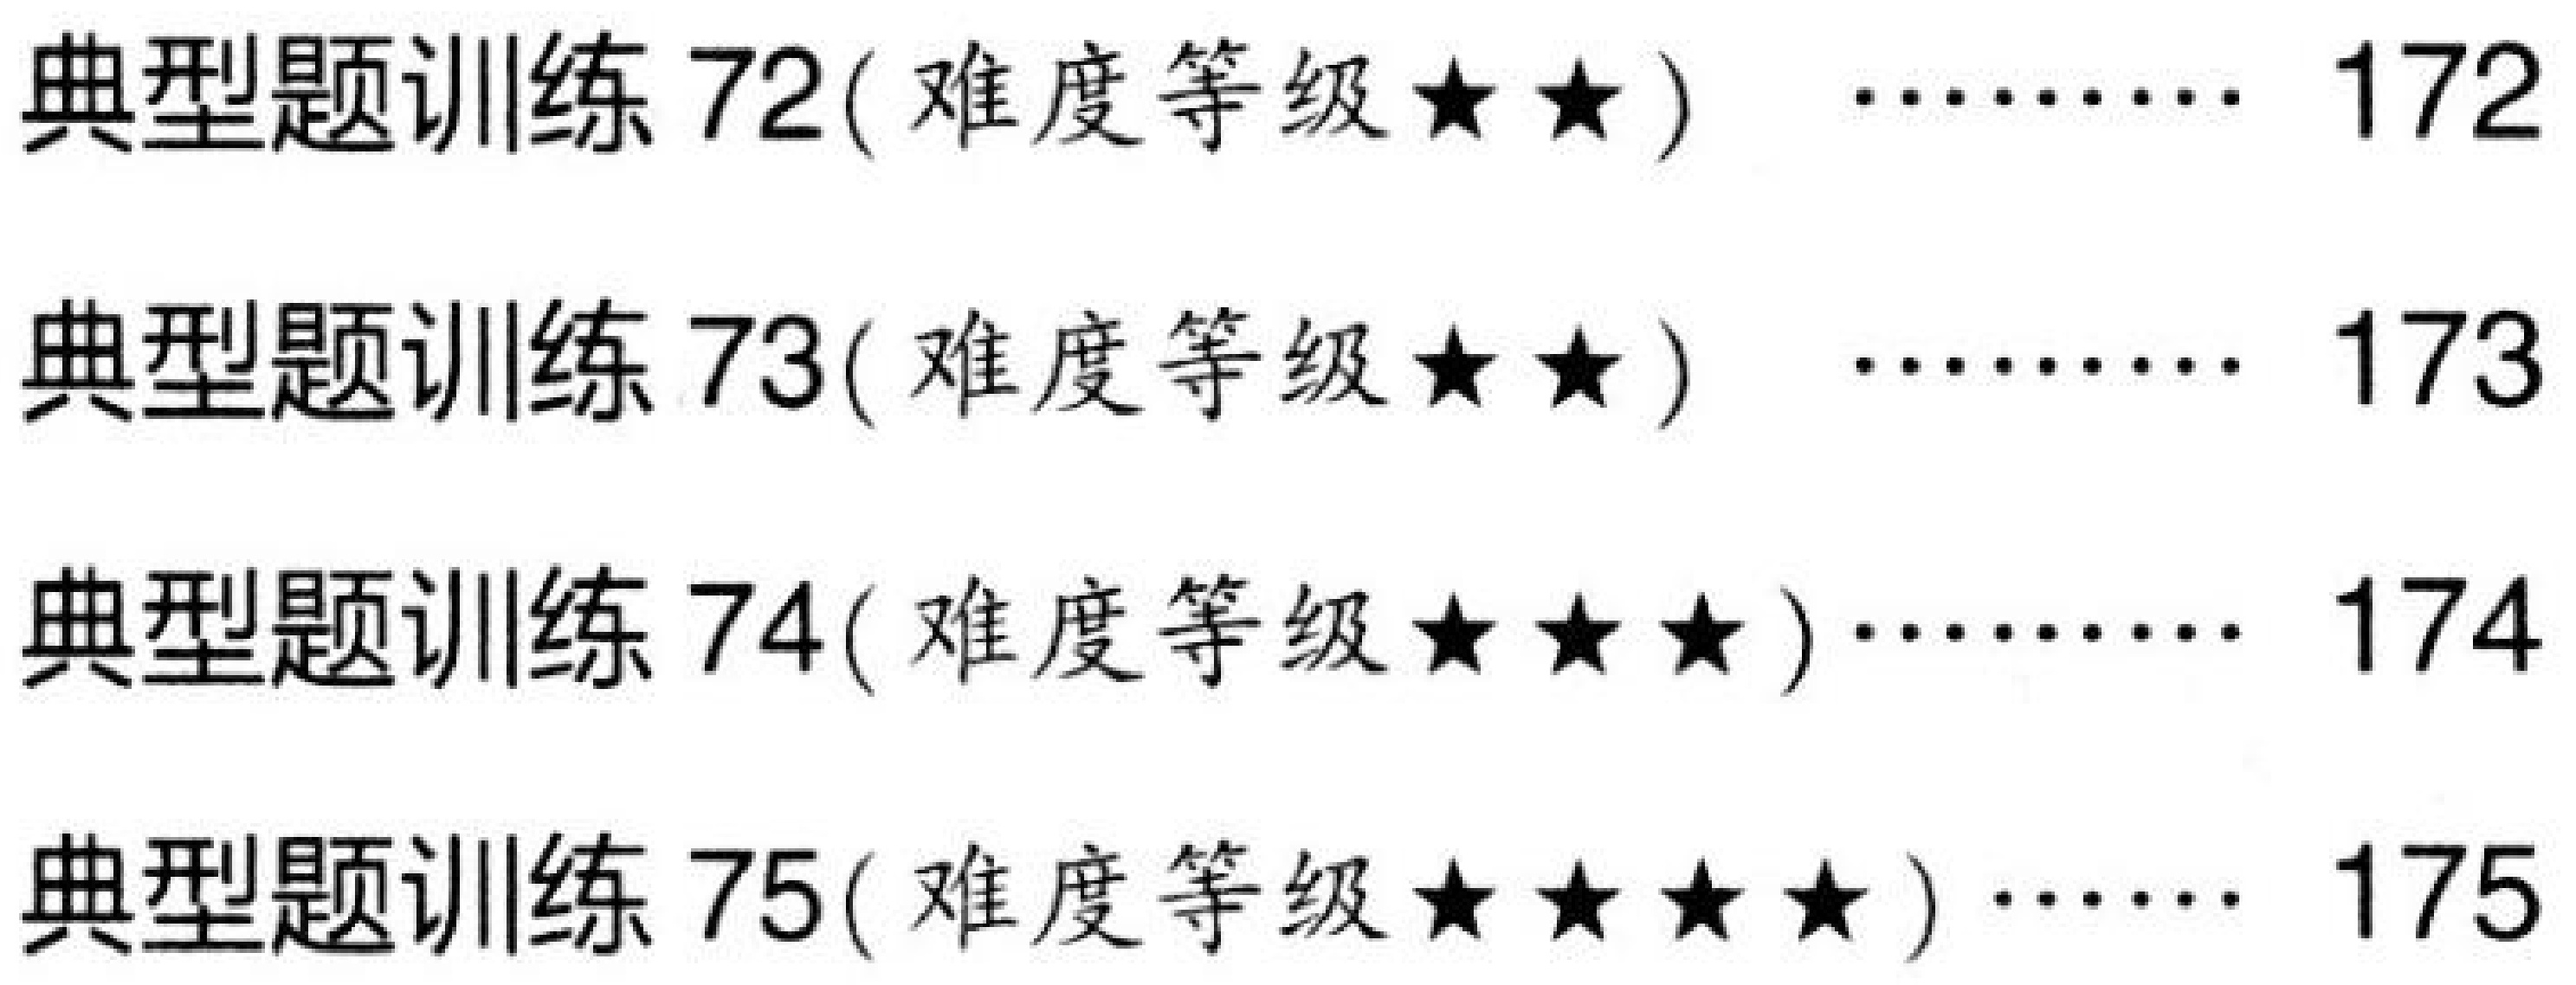
典型题训练 72( 难度等级$\star\star$) \quad$\cdots\cdots$ 172\\
典型题训练 73( 难度等级$\star\star$) \quad$\cdots\cdots$ 173\\
典型题训练 74( 难度等级$\star\star\star$)$\cdots\cdots$ 174\\
典型题训练 75( 难度等级$\star\star\star\star$)$\cdots\cdots$ 175